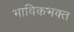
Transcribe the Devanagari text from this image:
भाविकभक्त